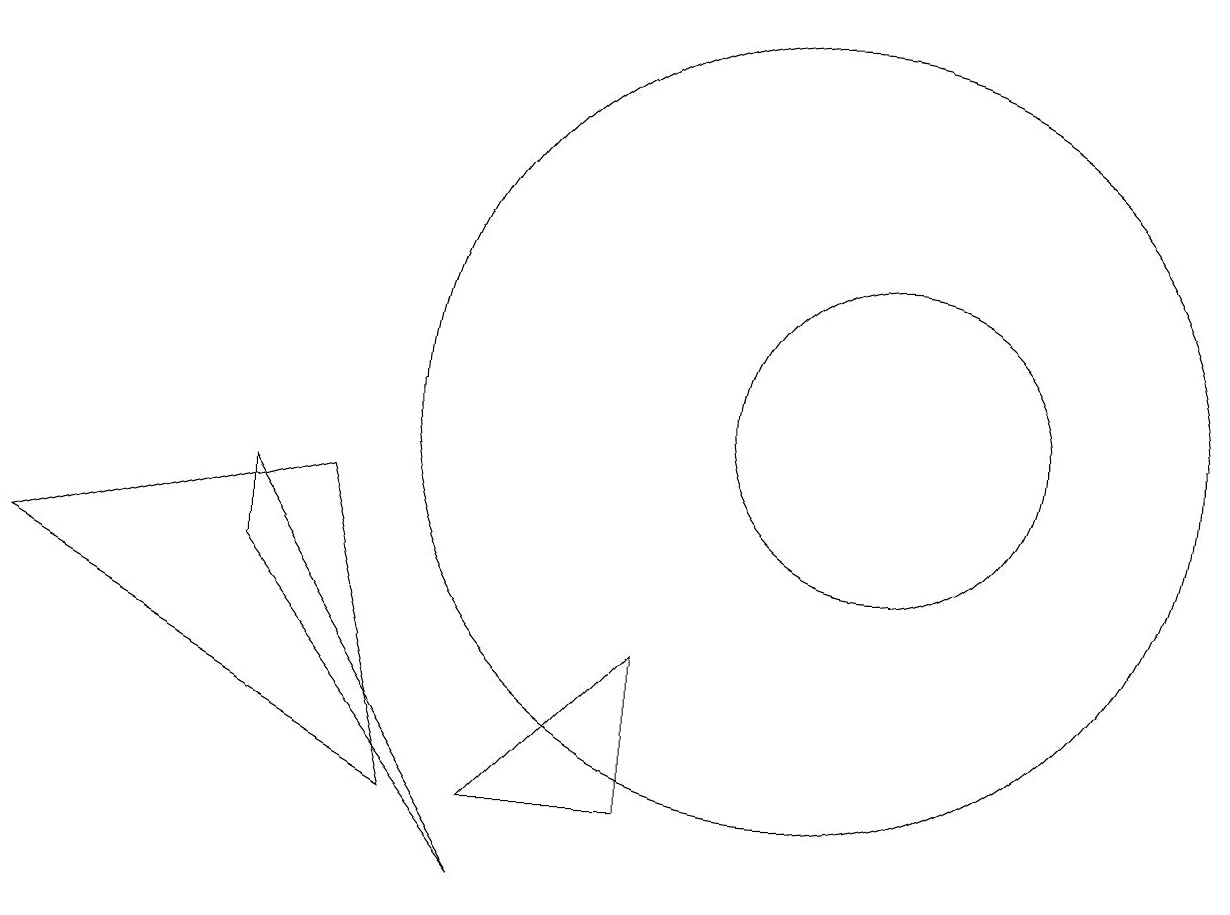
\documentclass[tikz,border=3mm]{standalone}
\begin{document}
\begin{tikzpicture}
\draw (3,8) -- (3,9) -- (6,4) -- cycle;
\draw (8,5) -- (6,5) -- (8,7) -- cycle;
\draw (11,10) circle (2);
\draw (10,10) circle (5);
\draw (4,9) -- (5,5) -- (0,8) -- cycle;
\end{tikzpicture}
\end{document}